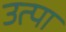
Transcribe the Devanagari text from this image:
उत्पा